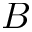
B